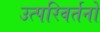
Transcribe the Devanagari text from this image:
उत्परिवर्तनो